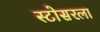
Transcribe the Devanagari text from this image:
स्टोसरला